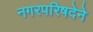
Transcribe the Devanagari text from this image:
नगरपरिषदेने